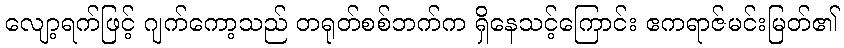
လျော့ရက်ဖြင့် ဂျက်ကော့သည် တရုတ်စစ်ဘက်က ရှိနေသင့်ကြောင်း ဧကရာဇ်မင်းမြတ်၏